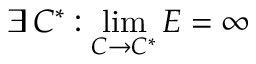
\exists \, C ^ { * } : \operatorname* { l i m } _ { C \to C ^ { * } } E = \infty